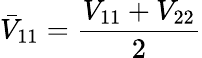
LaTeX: \bar{V}_{11}=\frac{V_{11}+V_{22}}{2}